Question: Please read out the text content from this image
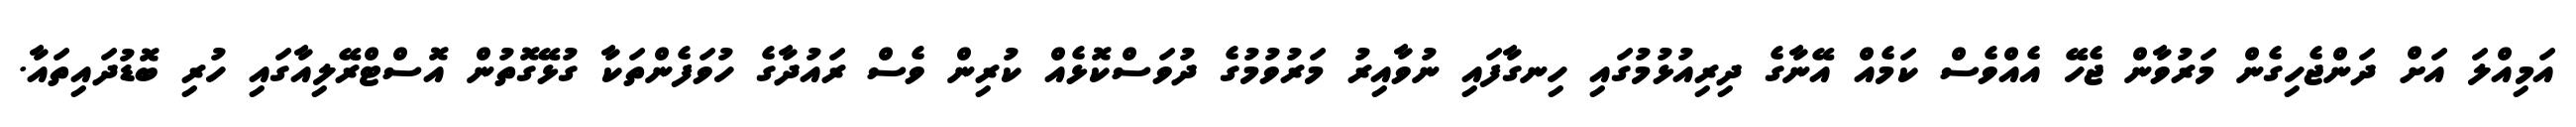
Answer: އަމިއްލަ އަށް ދަންޖެހިގެން މަރުވާން ޖެހޭ އެއްވެސް ކަމެއް އޭނާގެ ދިރިއުޅުމުގައި ހިނގާފައި ނުވާއިރު މަރުވުމުގެ ދުވަސްކޮޅެއް ކުރިން ވެސް ރައުދާގެ ހުވަފެންތަކާ ގުޅޭގޮތުން އޮސްޓްރޭލިއާގައި ހުރި ބޮޑުދައިތައާ.